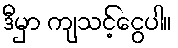
ဒီမှာ ကျသင့်ငွေပါ။